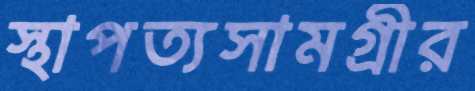
স্থাপত্যসামগ্রীর